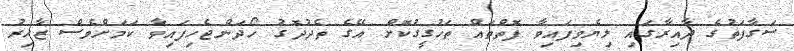
ސަގާފަތުގެ ދާއިރާގައި ލިޔެވިފައިވާ ފޮތްތައް ތަހުގީގުކޮށް އޭގެ ތެދުދޮގު ހޯދަންޖެހިފައިވާ ކަމަށްވެސް ޒާހިރު